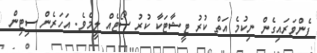
ފެންވަރައިގެން ނިކުމެ އަތް ކުރު ޓީޝާޓަކާ ކުރު ސޯޓެއް ލީމެވެ. އަހަރެން ސިޓިން